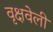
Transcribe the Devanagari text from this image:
वृक्षवेली